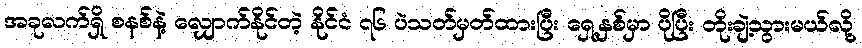
အခုလက်ရှိ စနစ်နဲ့ လျှောက်နိုင်တဲ့ နိုင်ငံ ၇၆ ပဲသတ်မှတ်ထားပြီး ရှေ့နှစ်မှာ ပိုပြီး တိုးချဲ့သွားမယ်လို့